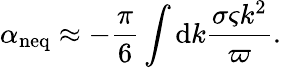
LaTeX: \alpha_{\mathrm{neq}}\approx-\frac{\pi}{6}\int\mathrm{d}k\frac{\sigma\varsigma k^{2}}{\varpi}.